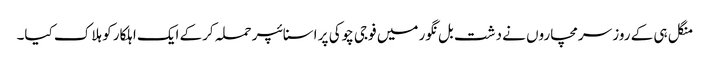
منگل ہی کے روز سرمچاروں نے دشت بل نگور میں فوجی چوکی پر اسنائپر حملہ کرکے ایک اہلکار کو ہلاک کیا۔